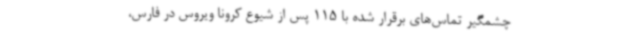
چشمگیر تماس‌های برقرار شده با 115 پس از شیوع کرونا ویروس در فارس،